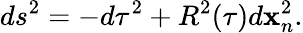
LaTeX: ds^{2}=-d\tau^{2}+R^{2}(\tau)d\mathbf{x}_{n}^{2}.